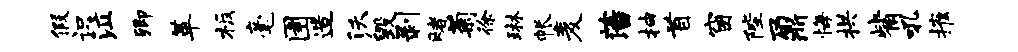
假识泣卿革板毫圉造沃毁剥赌菊徐琳帐麦藩抽首窗陛鼐悔拱觜吼摧